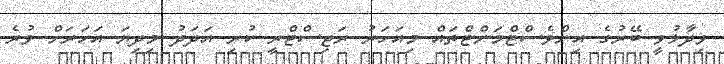
ވިދާޅުވީ ބޭރުގެ އިންވެސްޓްމަންޓްތައް މިއަހަރު ރަޖިސްޓްރީ ކުރި އަދަދު މިދިޔަ އަހަރަށް ވުރެ